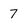
Character: 7